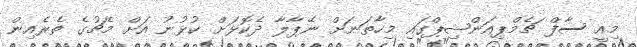
މިއީ ސާފް ޗެމްޕިއަންޝިޕްގައި މިހާތަނަށް ނޭޕާލާ ދެކޮޅަށް ކުޅުނު އަށް މެޗުގެ ތެރެއިން